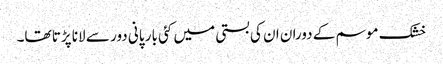
خشک موسم کے دوران ان کی بستی میں کئی بار پانی دور سے لانا پڑتا تھا۔